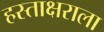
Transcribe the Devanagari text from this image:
हस्ताक्षराला